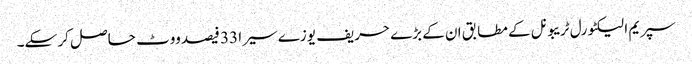
سپریم الیکٹورل ٹریبونل کے مطابق ان کے بڑے حریف یوزے سیرا 33 فیصد ووٹ حاصل کر سکے۔